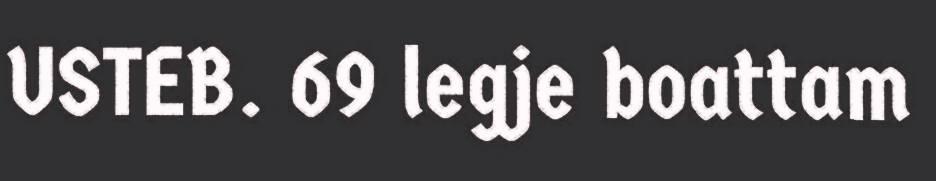
USTEB. 69 legje boattam